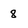
Character: 8